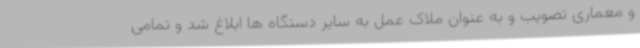
و معماری تصویب و به عنوان ملاک عمل به سایر دستگاه ها ابلاغ شد و تمامی